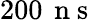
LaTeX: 200\, \mathrm{~n~s~}